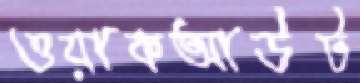
ওয়াকআউট